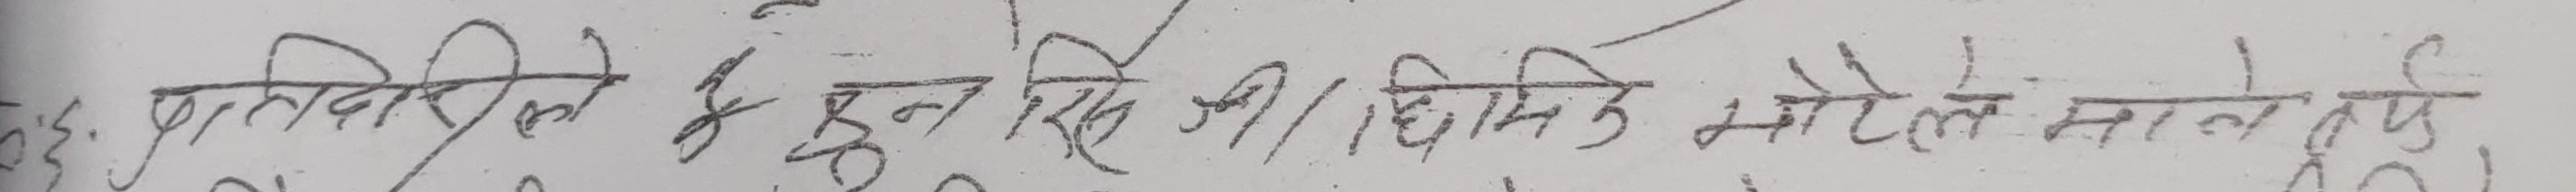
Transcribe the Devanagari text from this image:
प्रतिनिधि के हुन सके जी / ढिमके भेटे साले हुनु इ